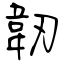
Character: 韌